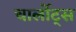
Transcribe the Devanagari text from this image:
चार्लोट्स